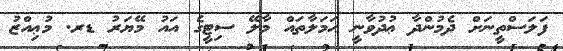
ފަލަސްތީނަށް ދެމުންދާ ޢުދުވާނީ ޙަމަލާތައް މާލޭ ސިޓީގެ އައު މޭޔަރު ޑރ. މުޢިއްޒު